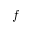
f